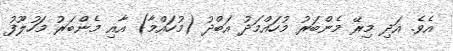
އެވެ. އަދި މިރޭ މެންބަރު މުހައްމަދު އަބްދު (މުހައްމާ) އާއި މެންބަރު މަހުލޫފު